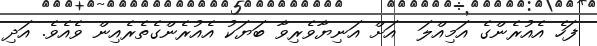
ފަހެ އެއުރެންގެ އަމިއްލަ  އަށް އަނިޔާވެރިވާ ބަޔަކު އެއުރެންގެތެރެއިން ވެއެވެ. އަދި